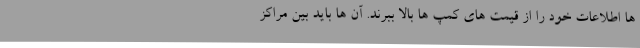
ها اطلاعات خود را از قیمت های کمپ ها بالا ببرند. آن ها باید بین مراکز